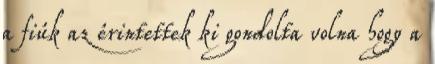
a fiúk az érintettek ki gondolta volna hogy a